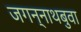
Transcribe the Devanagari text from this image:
जगन्‍नाथबुवा